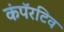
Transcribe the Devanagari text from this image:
कंपॅरटिव